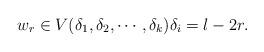
LaTeX: \begin{align*} w_r \in V(\delta_1, \delta_2, \cdots, \delta_k) \delta_i = l -2r.\end{align*}